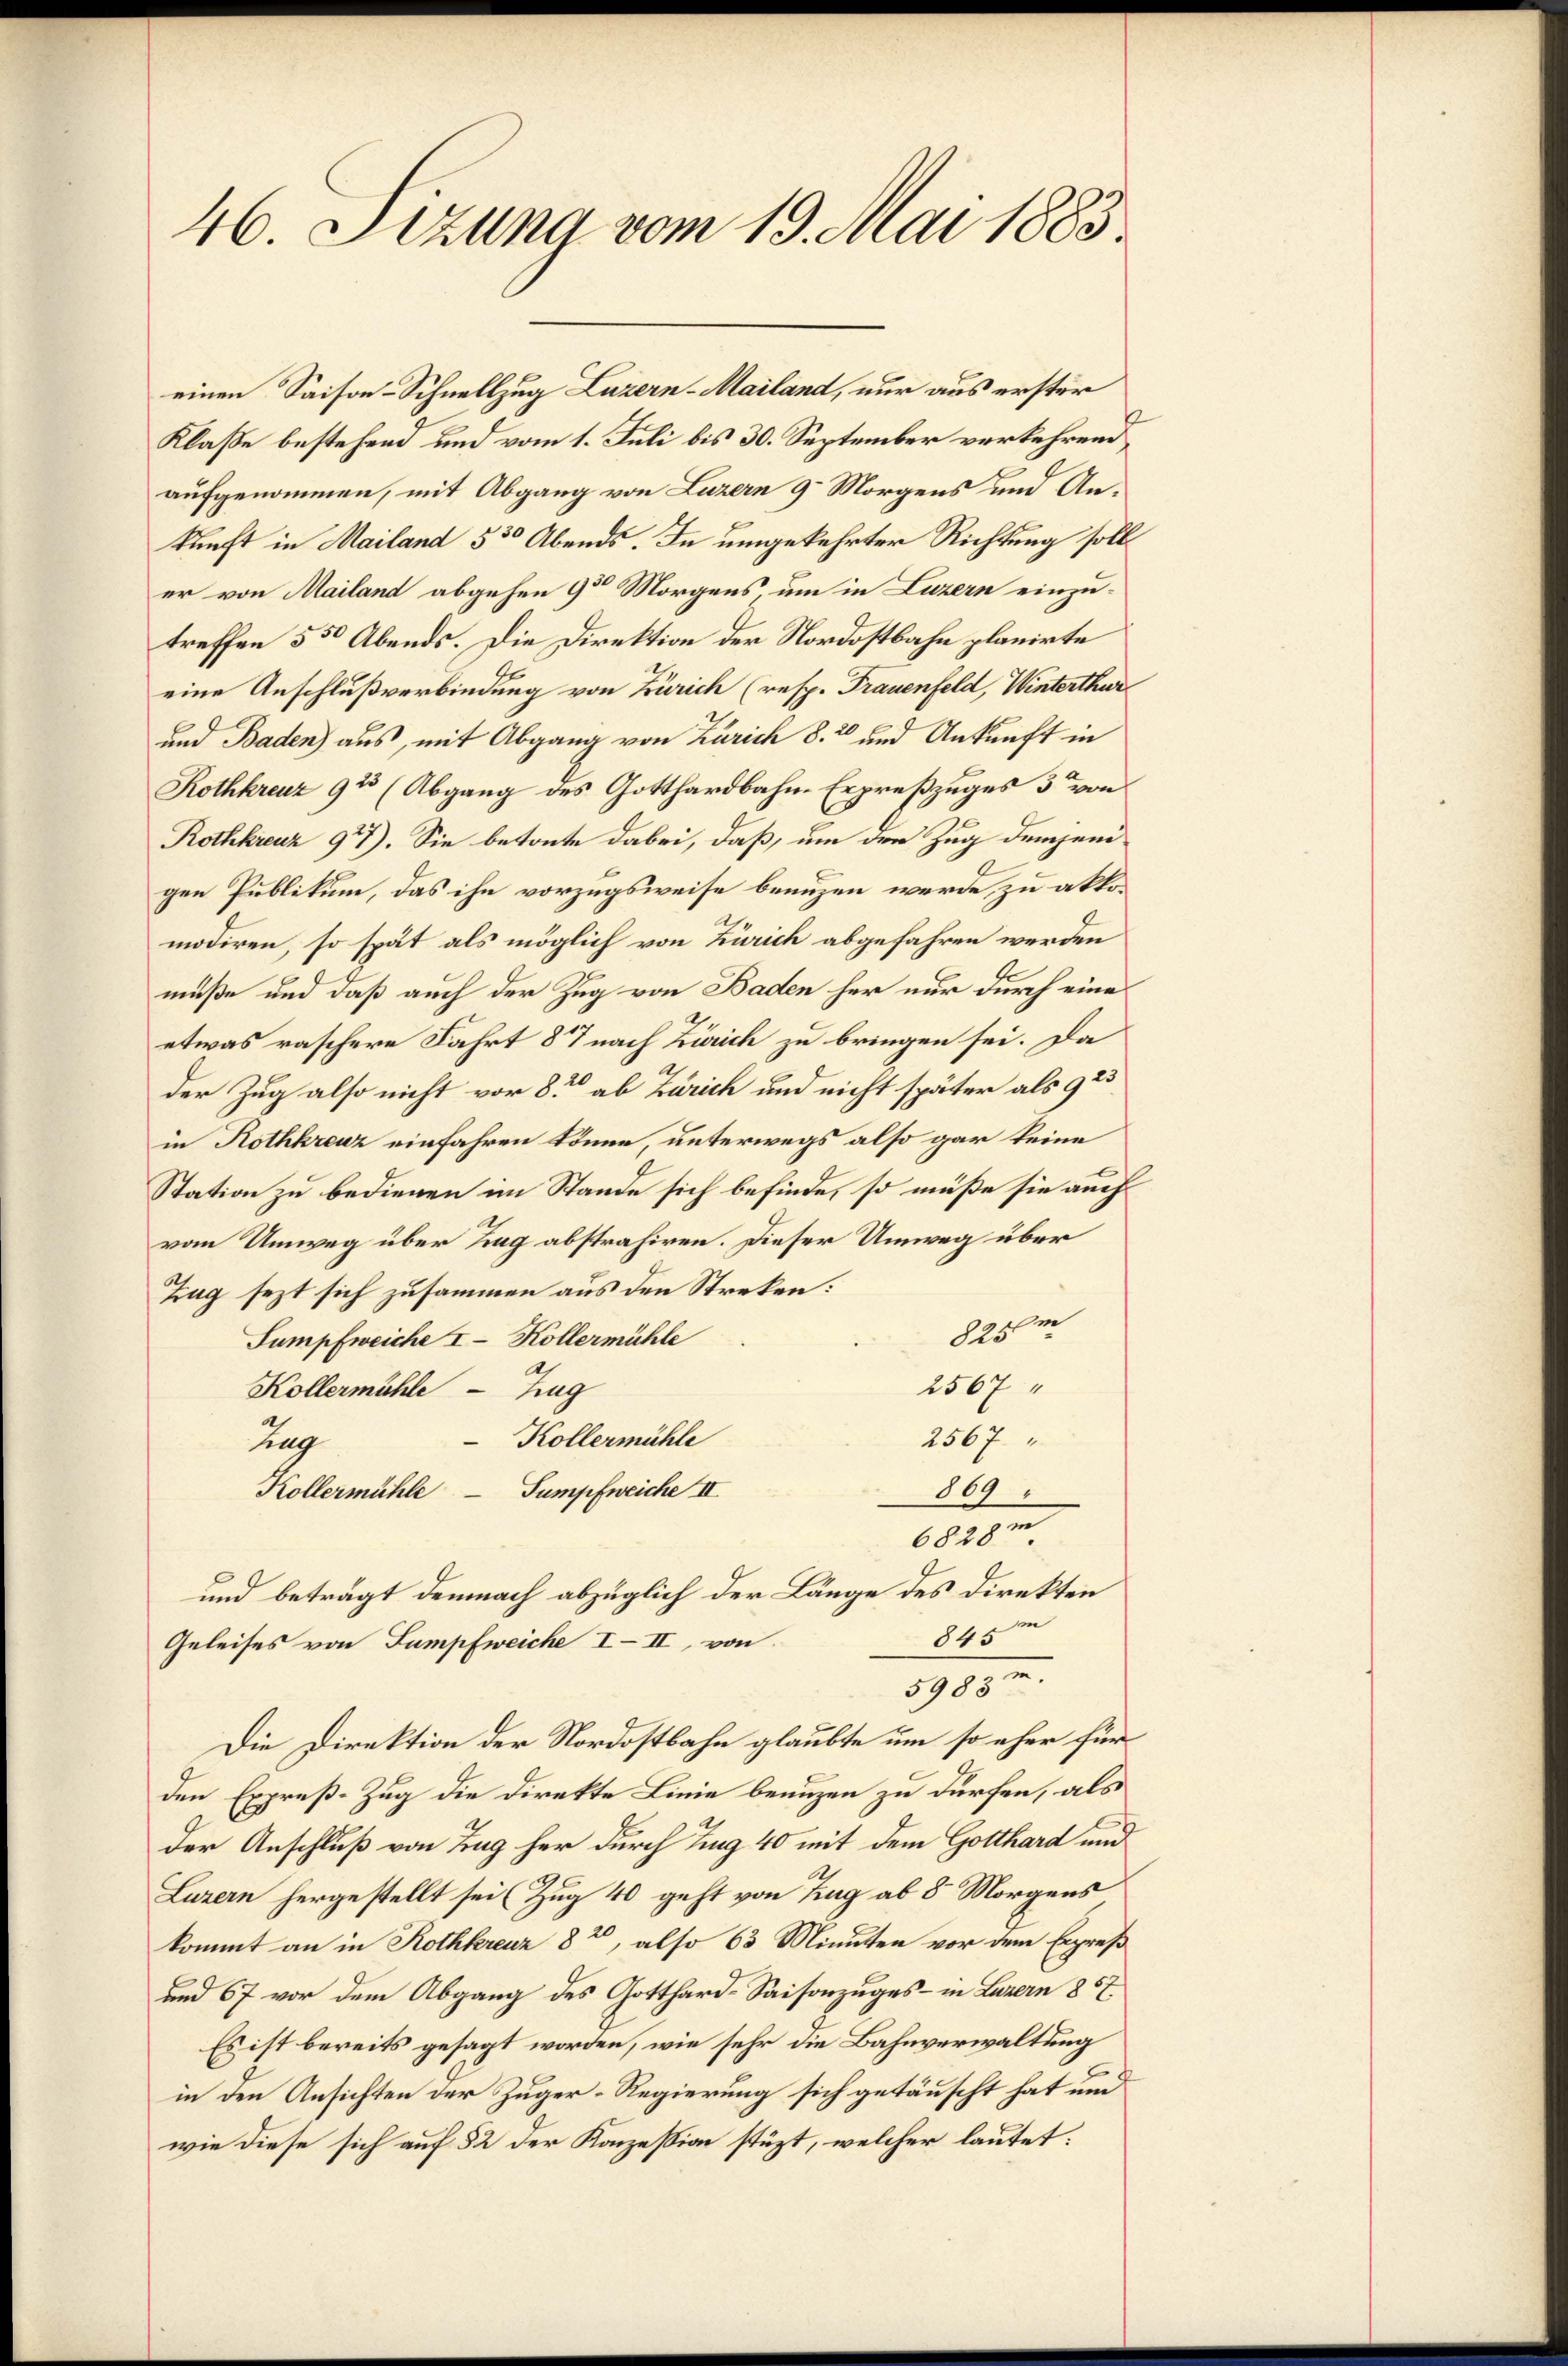
46. Sizung vom 19. Mai 1883.

einen Saison-Schnellzug Luzern-Mailand, nur aus erster
Klaße bestehend und vom 1. Juli bis 30. September verkehrend
aufgenommen, mit Abgang von Luzern 9 Morgens und Ankunft in Mailand 530 Abends. In umgekehrter Richtung soll
er von Mailand abgehen 9 Morgens um in Luzern einzu-
treffen 550 Abends. Die Direktion der Nordostbahn planirte
eine Anschlußverbindung von Zürich (resp. Frauenfeld, Winterthur
und Baden) aus, mit Abgang von Zürich 8. 2 und Ankunft in
Rothkreuz 92 (Abgang des Gotthardbahn-Erpreßzuges 3 von
Rothkreuz 97). Sie betonte dabei, daß, um den Zug demjenigen Publikum, das ihn vorzugsweise benuzen werde, zu akkomodiren, so spät als möglich von Zürich abgefahren werden
müße und daß auch der Zug von Baden her nur durch eine
etwas raschere Fahrt 87 nach Zürich zu bringen sei. Da
der Zug also nicht vor 8. ab Zürich und nicht später als 92
in Rothkreuz einfahren könne, unterwegs also gar keine
Station zu bedienen im Stande sich befinde, so müße sie auch
vom Umweg über Tag abstrahiren. Dieser Umweg über
Zag sezt sich zusammen aus den Streken:
825 m
Sumpfweiche I Köllermühle
2567
Kollermühle - Zug
2567
Kollermühle
ung
Kollermühle - Sumpfweiche II
869
6828m
und beträgt demnach abzüglich der Länge des Direkten
845m
Geleises von Sumpfweiche III, von
1908.
Die Direktion der Nordostbahn glaubte um so eher für
den Expreß-Zug die Direkte Linie benuzen zu dürfen, als
der Anschluß von Tag her durch Zug 40 mit dem Gotthard und
Luzern hergestellt sei (Zug 40 geht von Tag ab 8 Morgens
kommt an in Rothkreuz 82, also 63 Minuten vor dem Expreß
und 67 vor dem Abgang des Gotthard-Saisonzuges - in Luzern 857.
Es ist bereits gesagt worden, wie sehr die Bahnverwaltung
in den Ansichten der Zuger-Regierung sich getäuscht hat und
wie diese sich auf 52 der Konzession stüzt, welcher lautet: